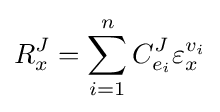
R_{x}^{J}=\sum _{i=1}^{n}C_{e_{i}}^{J}\varepsilon _{x}^{v_{i}}